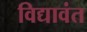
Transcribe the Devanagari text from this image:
विद्यावंत